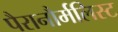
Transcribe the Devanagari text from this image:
पैरानौर्मलिस्ट